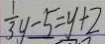
\frac { 1 } { 3 } y - 5 = y + 2